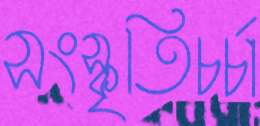
সংস্কৃতিচর্চা